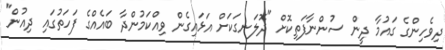
ދިވެހިންގެ ގައުމާ ދީން ސުންނާފަތިކޮށް "ދޮލަނގަކަށް އަޅައިގެން ވިއްކަމުންދާ ބައެއްގެ ފަހަތުގައި ދިއުން"